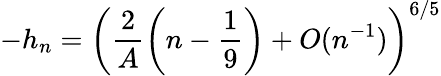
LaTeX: -h_{n}=\left(\frac 2A\left(n-\frac 19\right)+O(n^{-1})\right)^{6/5}